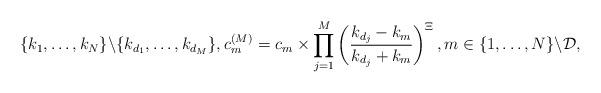
LaTeX: \begin{align*}\{k_1,\ldots,k_N\}\backslash\{k_{d_1},\ldots,k_{d_M}\},c^{(M)}_m=c_m\times \prod_{j=1}^M\left(\frac{k_{d_j}-k_m}{k_{d_j}+k_m}\right)^\Xi,m\in\{1,\ldots,N\}\backslash\mathcal{D},\end{align*}